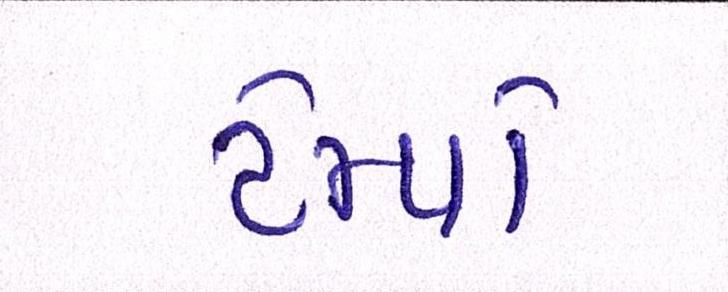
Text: ટેમ્પો